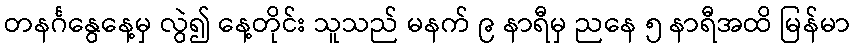
တနင်္ဂနွေနေ့မှ လွဲ၍ နေ့တိုင်း သူသည် မနက် ၉ နာရီမှ ညနေ ၅ နာရီအထိ မြန်မာ